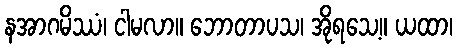
နအာဂမိဿံ၊ ငါမလာ။ ဘောတာပသ၊ အိုရသေ့။ ယထာ၊